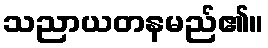
သညာယတနမည်၏။